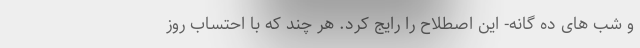
و شب های ده گانه- این اصطلاح را رایج کرد. هر چند که با احتساب روز